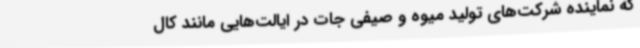
که نماینده شرکت‌های تولید میوه و صیفی جات در ایالت‌هایی مانند کال